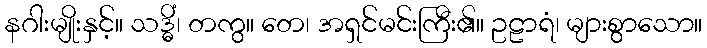
နဂါးမျိုးနှင့်။ သဒ္ဓိံ၊ တကွ။ တေ၊ အရှင်မင်းကြီး၏။ ဥဠာရံ၊ များစွာသော။